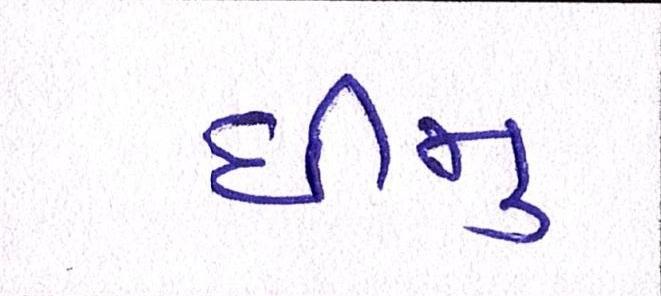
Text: ધીમુ